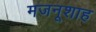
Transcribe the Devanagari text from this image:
मजनूशाह